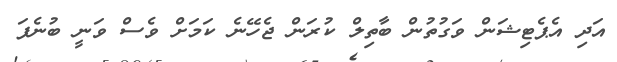
އަދި އެޕެޓިޝަން ވަގުތުން ބާތިލް ކުރަން ޖެހޭނެ ކަމަށް ވެސް ވަނީ ބުނެފަ